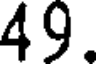
49.